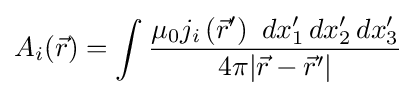
A_{i}({\vec {r}})=\int {\frac {\mu _{0}j_{i}\left({\vec {r}}'\right)\,\,dx_{1}'\,dx_{2}'\,dx_{3}'}{4\pi |{\vec {r}}-{\vec {r}}'|}}